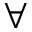
\forall